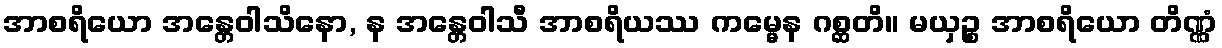
အာစရိယော အန္တေဝါသိနော, န အန္တေဝါသီ အာစရိယဿ ကမ္မေန ဂစ္ဆတိ။ မယှဉ္စ အာစရိယော တိဏ္ဏံ